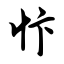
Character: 忭